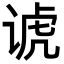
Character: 𬤀